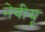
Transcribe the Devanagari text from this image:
नेवीयू